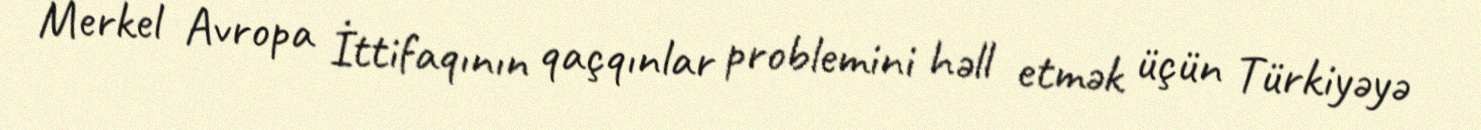
Merkel Avropa İttifaqının qaçqınlar problemini həll etmək üçün Türkiyəyə